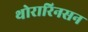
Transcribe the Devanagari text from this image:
थोरारिनसन